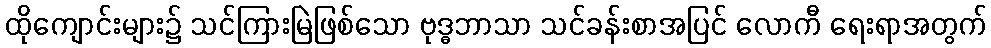
ထိုကျောင်းများ၌ သင်ကြားမြဲဖြစ်သော ဗုဒ္ဓဘာသာ သင်ခန်းစာအပြင် လောကီ ရေးရာအတွက်